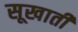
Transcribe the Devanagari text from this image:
सूखाती